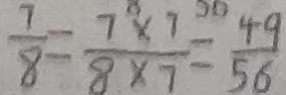
\frac { 7 } { 8 } = \frac { 7 \times 7 } { 8 \times 7 } = \frac { 4 9 } { 5 6 }